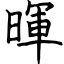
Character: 暉